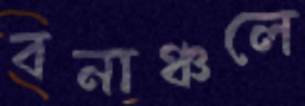
বনাঞ্চলে